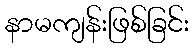
နာမကျန်းဖြစ်ခြင်း